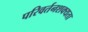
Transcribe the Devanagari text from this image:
परिवर्तनशक्यता